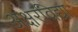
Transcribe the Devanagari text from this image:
अक्षरविद्या